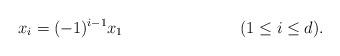
LaTeX: \begin{align*} x_i &= (-1)^{i-1} x_1 && (1 \leq i \leq d). \end{align*}